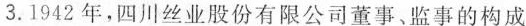
3.1942年，四川丝业股份有限公司董事、监事的构成